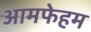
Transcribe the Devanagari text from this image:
आमफेहम